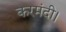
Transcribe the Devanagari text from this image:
करमंदी।